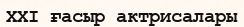
XXI ғасыр актрисалары